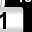
Digit: 1